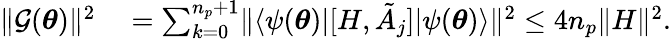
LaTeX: \begin{array}{rl}{\lVert\mathcal{G}({\boldsymbol{\theta}})\rVert^{2}}&{{}=\sum_{k=0}^{n_{p}+1}\lVert\langle\psi({\boldsymbol{\theta}})|[H,\tilde{A}_{j}]|\psi({\boldsymbol{\theta}})\rangle\rVert^{2}\leq 4n_{p}\lVert H\rVert^{2}.}\end{array}